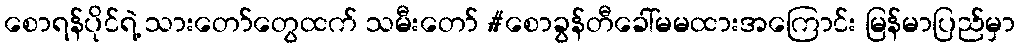
စောရန်ပိုင်ရဲ့ သားတော်တွေထက် သမီးတော် #စောခွန်တီခေါ်မမထားအကြောင်း မြန်မာပြည်မှာ